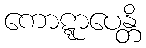
ကောဋ္ဋာပေန္တိ